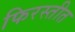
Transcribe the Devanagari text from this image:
फिरस्तीत